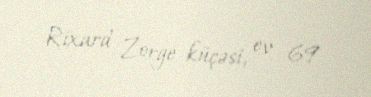
Rixard Zorge küçəsi, ev 69